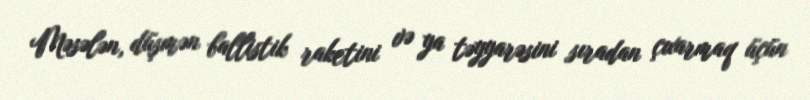
Məsələn, düşmən ballistik raketini və ya təyyarəsini sıradan çıxarmaq üçün